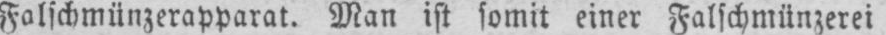
Falschmünzerapparat. Man ist somit einer Falschmünzerei